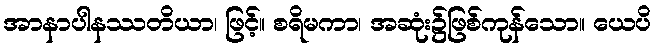
အာနာပါနဿတိယာ၊ ဖြင့်။ စရိမကာ၊ အဆုံး၌ဖြစ်ကုန်သော။ ယေပိ